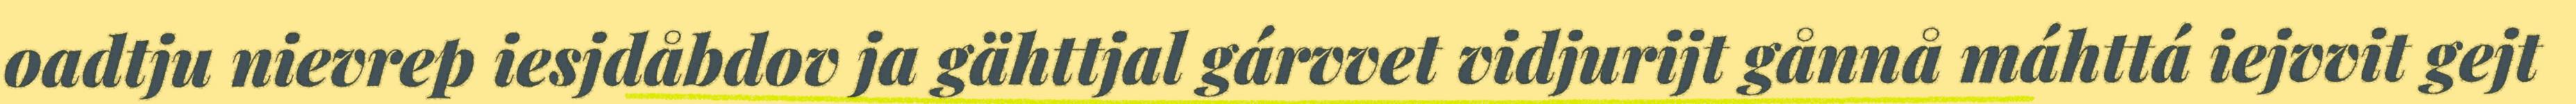
oadtju nievrep iesjdåbdov ja gähttjal gárvvet vidjurijt gånnå máhttá iejvvit gejt